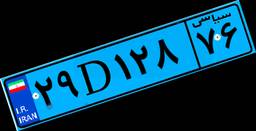
۲۹D۱۲۸۷۶